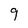
Character: 9